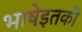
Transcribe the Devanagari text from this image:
भाषेइतकी